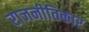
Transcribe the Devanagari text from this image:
राजनीतिकार